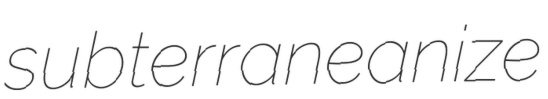
subterraneanize